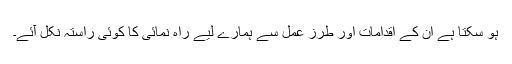
ہو سکتا ہے ان کے اقدامات اور طرز عمل سے ہمارے لیے راہ نمائی کا کوئی راستہ نکل آئے۔